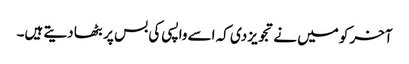
آخر کو میں نے تجویز دی کہ اسے واپسی کی بس پر بٹھا دیتے ہیں۔